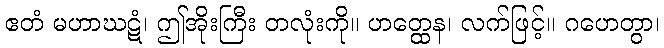
ဧတံ မဟာဃဋံ၊ ဤအိုးကြီး တလုံးကို။ ဟတ္ထေန၊ လက်ဖြင့်။ ဂဟေတွာ၊